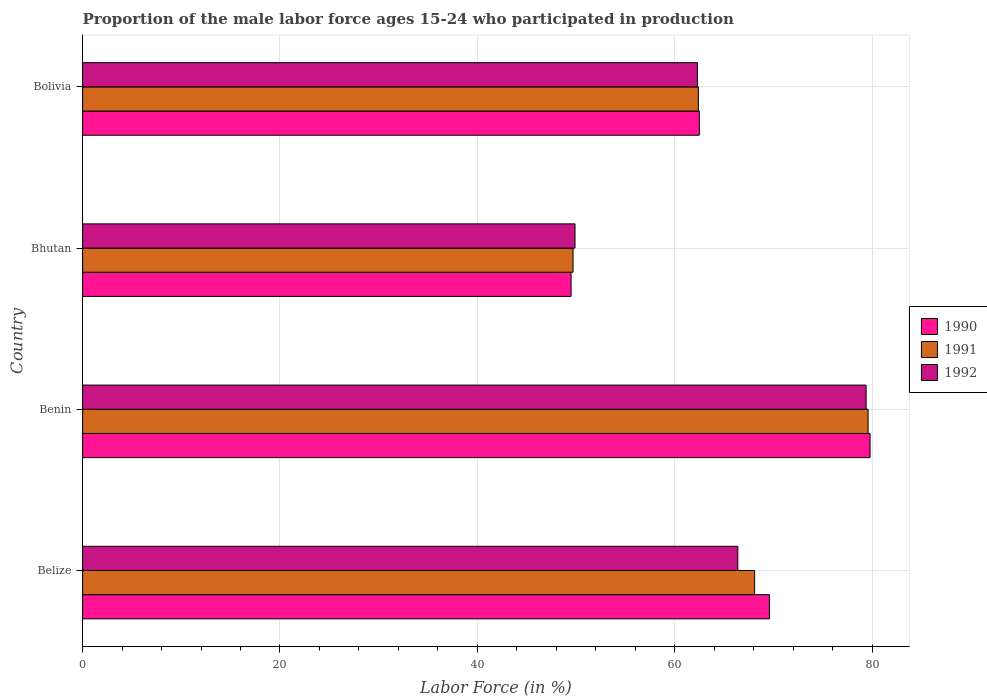
| Country | 1990 | 1991 | 1992 |
 | --- | --- | --- | --- |
 | Belize | 69.6 | 68.1 | 66.4 |
 | Benin | 79.8 | 79.6 | 79.4 |
 | Bhutan | 49.5 | 49.7 | 49.9 |
 | Bolivia | 62.5 | 62.4 | 62.3 |